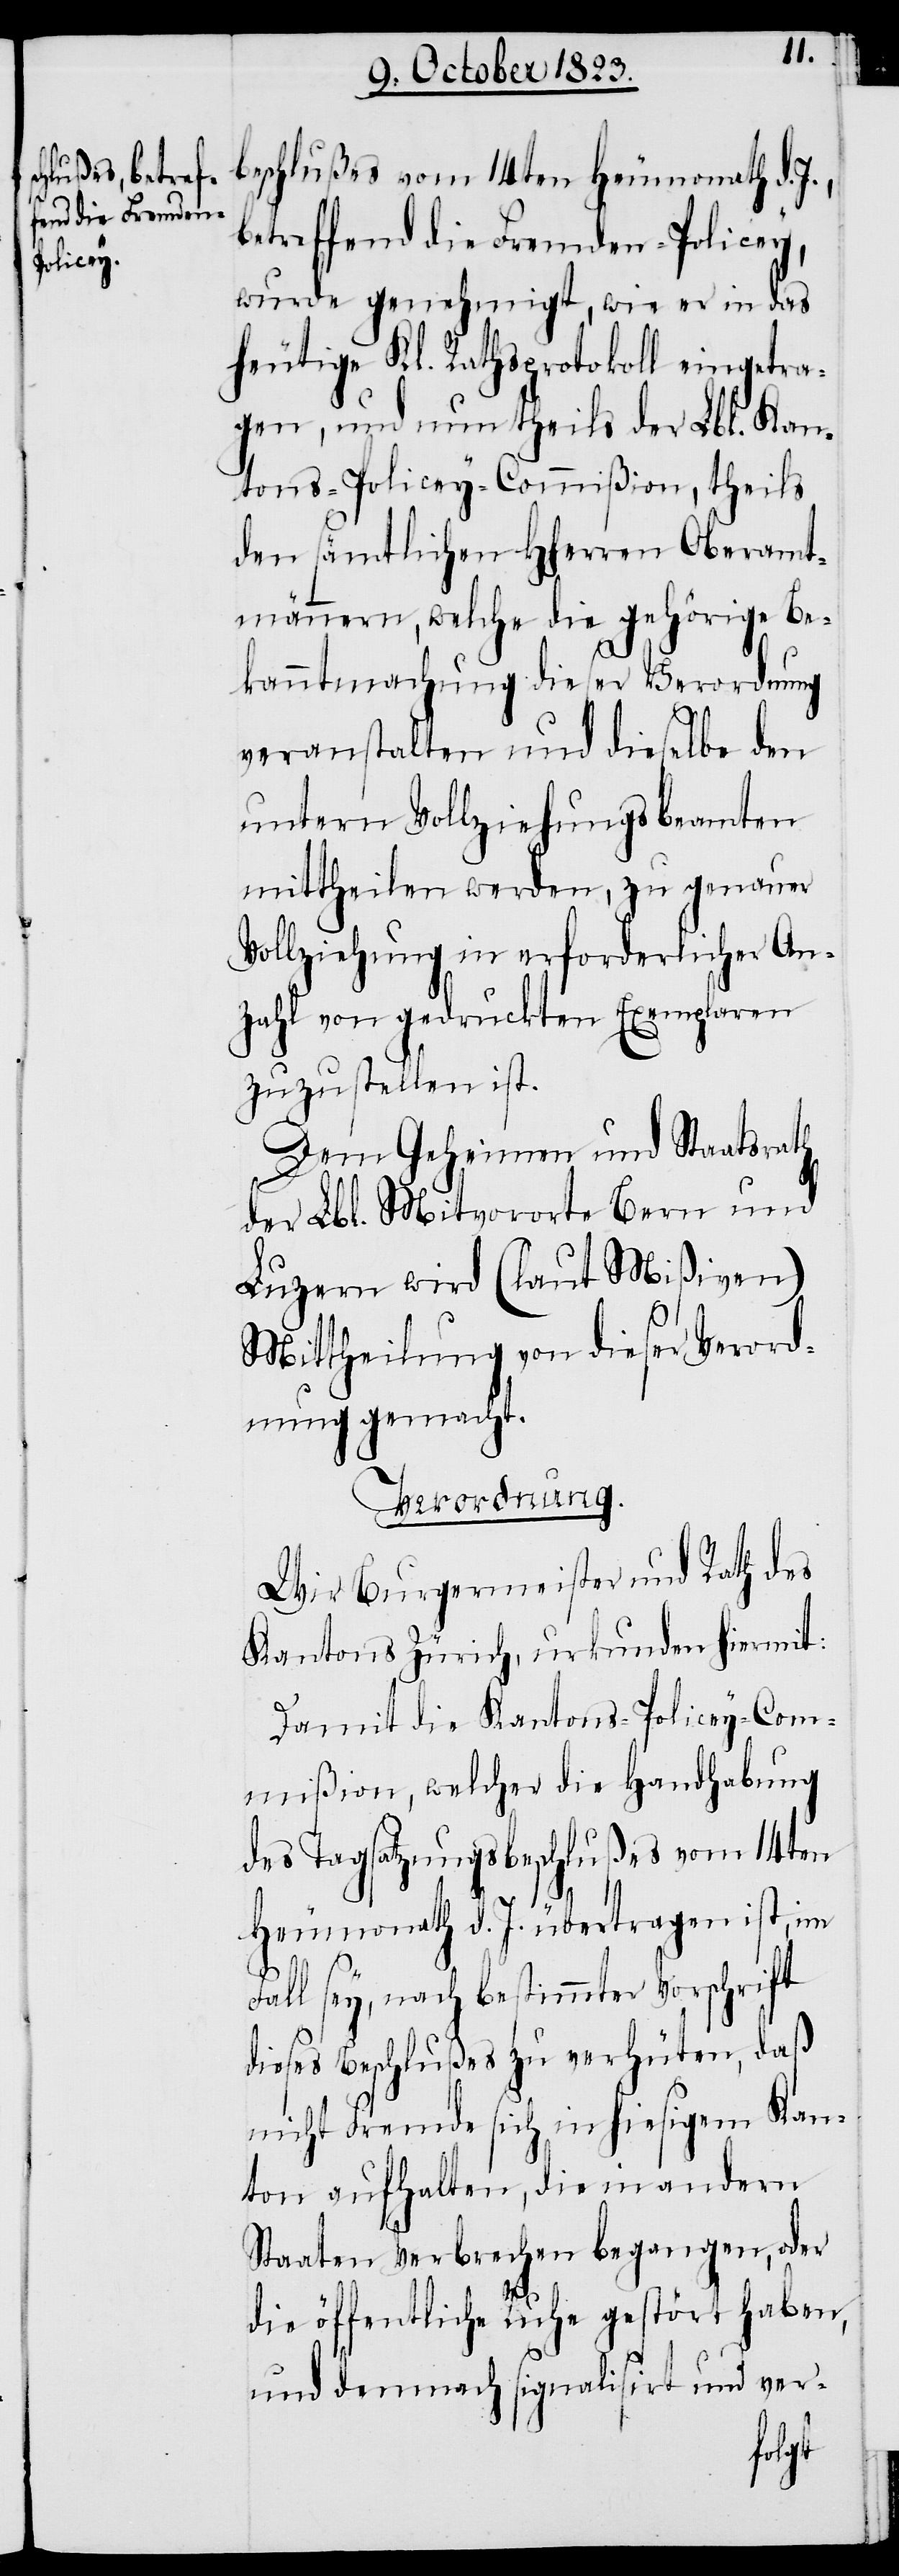
beschlußes vom 14ten Heumonath d.
betreffend die Fremden-Policey,
wurde genehmigt, wie er in das
heutige Kl. Rathsprotokoll eingetra¬
gen, und nun theils der Lbl. Kan¬
tons-Policey-Commißion, theils
den sämtlichen Hherren Oberamt¬
männern, welche die gehörige Be¬
kanntmachung dieser Verordnung
veranstalten und dieselbe den
untern Vollziehungsbeamten
mittheilen werden, zu genauer
Vollziehung in erforderlicher An¬
zahl von gedruckten Exemplaren
zuzustellen ist.
Dem Geheimen und Staatsrath
der Lbl. Mitvororte Bern und
Luzern wird (laut Mißiven)
Mittheilung von dieser Verord¬
nung gemacht.
Verordnung.
Wir Burgermeister und Rath des
Kantons Zürich, urkunden hiermit:
Damit die Kantons-Policey-Com¬
mißion, welcher die Handhabung
des Tagsatzungsbeschlußes vom 14ten
Heumonath d. J. übertragen ist, im
Fall sey, nach bestimmter Vorschrift
dieses Beschlußes zu verhüten, daß
nicht Fremde sich in hiesigem Kan¬
ton aufhalten, die in andern
Staaten Verbrechen begangen, oder
die öffentliche Ruhe gestört haben,
und demnach signalisirt und ver-